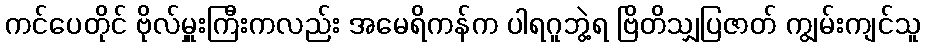
ကင်ပေတိုင် ဗိုလ်မှူးကြီးကလည်း အမေရိကန်က ပါရဂူဘွဲ့ရ ဗြိတိသျှပြဇာတ် ကျွမ်းကျင်သူ